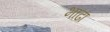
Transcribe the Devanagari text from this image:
भाढा